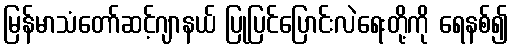
မြန်မာသံတော်ဆင့်ဂျာနယ် ပြုပြင်ပြောင်းလဲရေးတို့ကို ရေနစ်၍